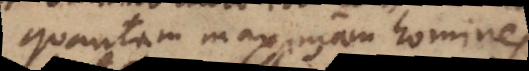
quantam maximam homines